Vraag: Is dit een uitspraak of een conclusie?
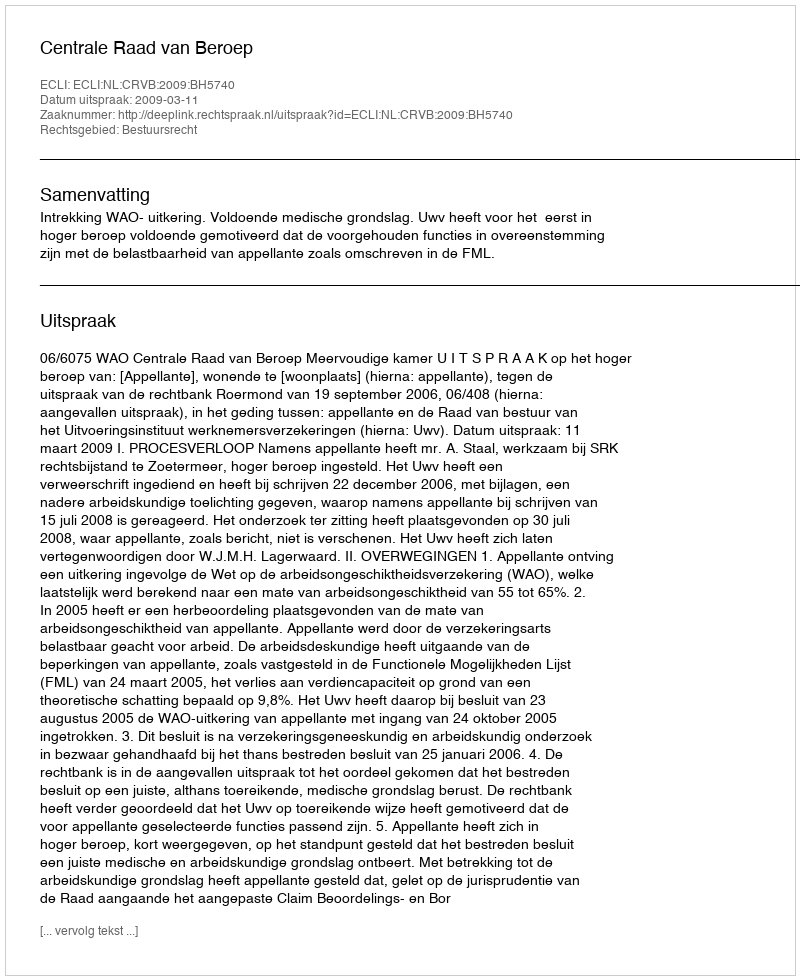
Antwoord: Uitspraak